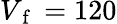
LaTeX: V_{\mathrm{~f~}}=120